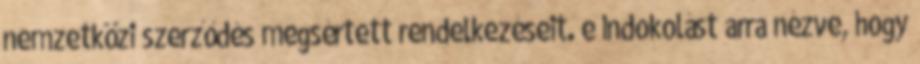
nemzetközi szerződés megsértett rendelkezéseit. e Indokolást arra nézve, hogy